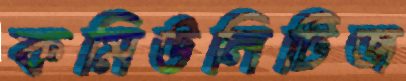
কমিউনিটিজ